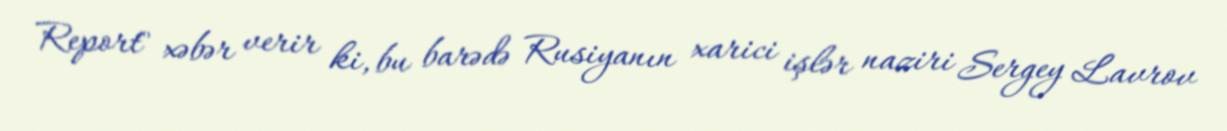
Report" xəbər verir ki, bu barədə Rusiyanın xarici işlər naziri Sergey Lavrov